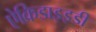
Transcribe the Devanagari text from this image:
ऐक्रिडाइइडी